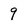
Character: 9